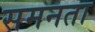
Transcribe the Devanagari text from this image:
समनता